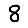
Digit: 8